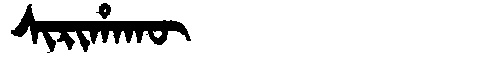
Manchu: ᠰᡳᡵᡳᡥᠠᡴᡡ
Romanization: SIRIHAKŪ